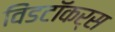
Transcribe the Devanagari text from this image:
विंडटॉकर्स